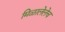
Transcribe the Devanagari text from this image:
मिळालेलेच